Lunatic asylums in Bengal annual reports 1899-1911 - 1899-1911
Year: 1899
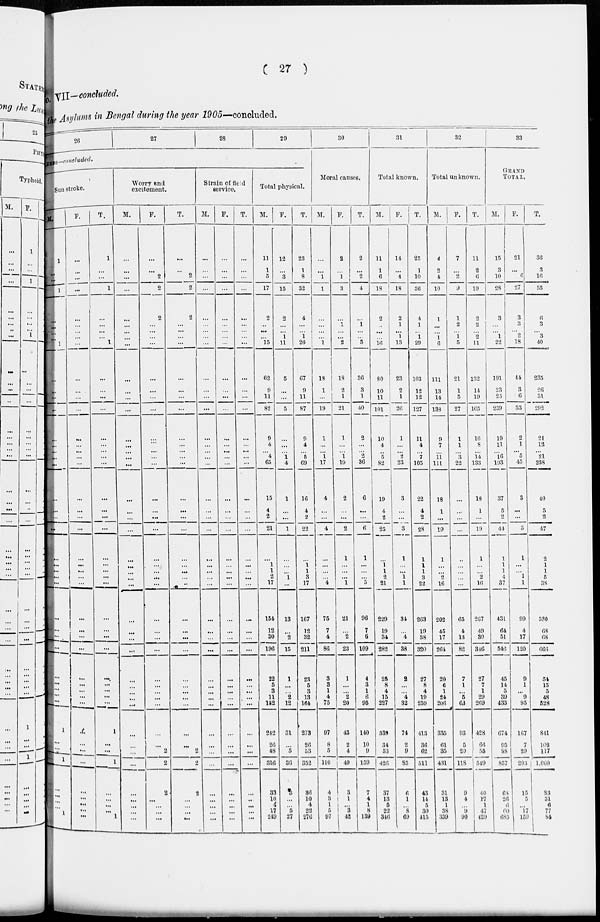
( 27 )
No. VII—concluded.
the Asylums in Bengal during the year 1905—concluded.
26
27
28
29
USES –concluded.
Sun stroke.
M.
1
...
...
1
...
...
...
...
1
...
...
...
...
...
...
...
...
...
...
...
...
...
...
...
...
...
...
...
...
...
...
...
...
...
...
...
1
...
...
1
...
...
...
...
1
F.
...
...
...
...
...
...
...
...
...
...
...
...
...
...
...
...
...
...
...
...
...
...
...
...
...
...
...
...
...
...
...
...
...
...
...
...
....
...
...
...
...
...
...
...
...
T.
1
...
...
1
...
...
...
...
1
...
...
...
...
...
...
...
...
...
...
...
...
...
...
...
...
...
...
...
...
...
...
...
...
...
...
...
1
...
...
1
...
...
...
...
1
Worry and
excitement.
M.
...
...
...
...
...
...
...
...
...
...
...
...
...
...
...
...
...
...
...
...
...
...
...
...
...
...
...
...
...
...
...
...
...
...
...
...
...
...
...
...
...
...
...
...
...
F.
...
...
2
2
2
...
...
...
...
...
...
...
...
...
...
...
...
...
...
...
...
...
...
...
...
...
...
...
...
...
...
...
...
...
...
...
...
...
2
2
2
...
...
...
...
T.
...
...
2
2
2
...
...
...
...
...
...
...
...
...
...
...
...
...
...
...
...
...
...
...
...
...
...
...
...
...
...
...
...
...
...
...
...
....
2
2
2
...
...
...
...
Strain of field
service.
M.
...
...
...
...
...
...
...
...
...
...
...
...
...
...
...
...
...
...
...
...
...
...
...
...
...
...
...
...
...
...
...
...
...
...
...
...
...
...
...
...
...
...
...
...
F.
...
...
...
...
...
...
...
...
...
...
...
...
...
...
...
...
...
...
...
...
...
...
...
...
...
...
...
...
...
...
...
...
...
...
...
...
...
...
...
...
...
...
...
...
...
T.
...
...
...
...
...
...
...
...
...
...
...
...
...
...
...
...
...
...
...
...
...
...
...
...
...
...
...
...
...
...
...
...
...
...
...
...
...
...
...
...
...
...
...
...
Total physical.
M.
11
1
5
17
2
...
...
...
15
62
9
11
82
9
4
... 4
65
15
4
2
21
...
1
1
2
17
154
12
30
196
22
5
3
11
152
242
26
48
316
33
10
4
17
249
F.
12
...
3
15
2
...
... 1
11
5
...
...
5
...
...
... 1 4
1
...
...
1
...
...
...
1
...
13
...
2
15
1
...
...
2
12
31
...
5
36
3
...
...
5
27
T.
23
1
8
32
4
...
... 1
26
67
9
11
87
9
4
... 5
69
16
4
2
22
...
1
1
3
17
167
12
32
211
23
5
3
13
164
273
26
53
352
36
10
4
22
276
30
Moral causes.
M.
...
...
1
1
...
...
...
...
1
18
1
...
19
1
...
... 1
17
4
...
...
4
...
...
...
...
4
75
7
4
86
3
3
1
4
75
97
8
5
110
4
3
1
5
97
F.
2
...
1
3
...
1
...
...
2
18
2
1
21
1
...
... 1
19
2
...
...
2
1
...
...
...
1
21
...
2
23
1
...
...
2
20
43
2
4
49
3
1
...
3
42
T.
2
...
2
4
...
1
...
...
3
36
3
1
40
2
...
... 2
36
6
...
...
6
1
...
...
...
5
96
7
6
109
4
3
1
6
95
140
10
9
159
7
4
1
8
139
31
Total known.
M.
11
1
6
18
2
...
...
...
16
80
10
11
101
10
4
... 5
82
19
4
2
25
...
1 1
2
21
229
19
34
282
25
8
4
15
227
339
34
53
426
37
13
5
22
346
F.
14
...
4
18
2
1
... 1
13
23
2
1
26
1
...
... 2
23
3
...
...
3
1
...
...
1
1
34
...
4
38
2
...
...
4
32
74
2
9
85
6
1
...
8
69
T.
25
1
10
36
4
1
... 1
29
103
12
12
127
11
4
... 7
105
22
4
2
28
1
1
1
3
22
263
19
38
320
27
8
4
19
259
413
36
62
511
43
14
5
30
415
32
Total unknown.
M.
4
2
4
10
1
...
...
1
6
111
13
14
133
9
7
... 11
111
18
1
...
19
1
...
...
2
16
202
45
17
261
20
6
1
24
206
335
61
35
431
31
13
1
38
339
F.
7
...
2
9
1
2
... 1
5
21
1
5
27
1
1
...
3
22
...
...
...
...
...
...
...
...
...
65
4
13
82
7
1
...
5
63
93
5
20
118
9
4
...
9
90
T.
11
2
6
19
2
2
... 2
11
132
14
19
165
10
8
... 14
133
18
1
...
19
1
...
...
2
16
207
49
30
346
27
7
1
29
269
428
66
55
549
40
17 1
47
429
33
GRAND
TOTAL .
M.
15
3
10
28
3
...
... 1
22
191
23
25
239
19
11
... 16
193
37
5
2
44
1
1
1
1
37
431
64
51
546
45
14
5
39
433
674
95
88
857
68
26
6
66
685
F.
21
...
6
27
3
3
... 2
18
44
3
6
53
2
1
... 5
45
3
...
...
3
1
...
...
1
1
99
4
17
120
9
1
...
9
95
167
7
29
203
15
5
...
17
159
T.
36
3
16
55
6
3
... 3
40
235
26
31
292
21
12
... 21
238
40
5
2
47
2
1
1
5
38
530
68
68
666
54
15
5
48
528
841
103
117
1,060
83
31
6
77
84